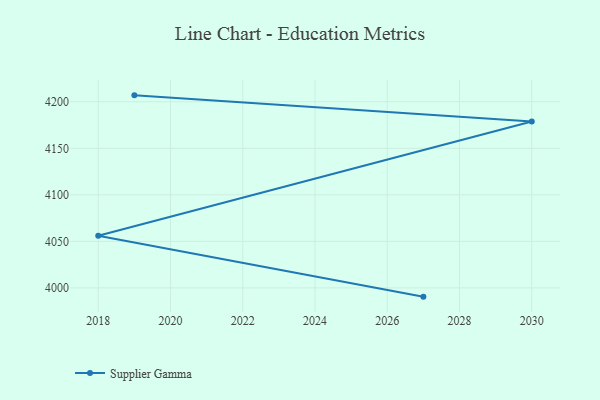
{"axis": {"x": "Year", "y": "LTV (USD)"}, "legend": ["Supplier Gamma"], "data": [{"x": "2019", "y": 4206.9, "type": "Supplier Gamma"}, {"x": "2030", "y": 4178.7, "type": "Supplier Gamma"}, {"x": "2018", "y": 4056.1, "type": "Supplier Gamma"}, {"x": "2027", "y": 3990.6, "type": "Supplier Gamma"}]}